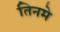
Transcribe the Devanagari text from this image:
तिनमे